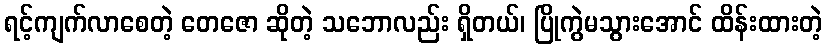
ရင့်ကျက်လာစေတဲ့ တေဇော ဆိုတဲ့ သဘောလည်း ရှိတယ်၊ ပြိုကွဲမသွားအောင် ထိန်းထားတဲ့